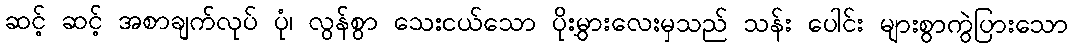
ဆင့် ဆင့် အစာချက်လုပ် ပုံ၊ လွန်စွာ သေးငယ်သော ပိုးမွှားလေးမှသည် သန်း ပေါင်း များစွာကွဲပြားသော